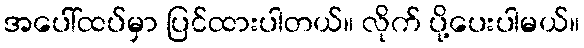
အပေါ်ထပ်မှာ ပြင်ထားပါတယ်။ လိုက် ပို့ပေးပါမယ်။